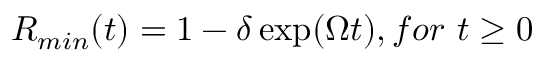
R _ { m i n } ( t ) = 1 - \delta \exp ( \Omega t ) , f o r \ t \geq 0